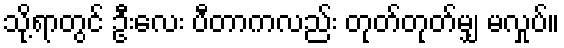
သို့ရာတွင် ဦးလေး ပီတာကလည်း တုတ်တုတ်မျှ မလှုပ်။